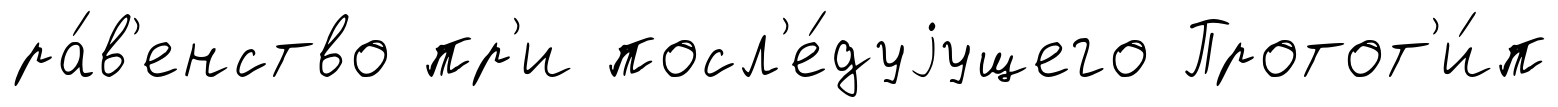
ра́в'енство пр'и посл'е́дуjущего Протот'и́п